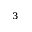
^ 3